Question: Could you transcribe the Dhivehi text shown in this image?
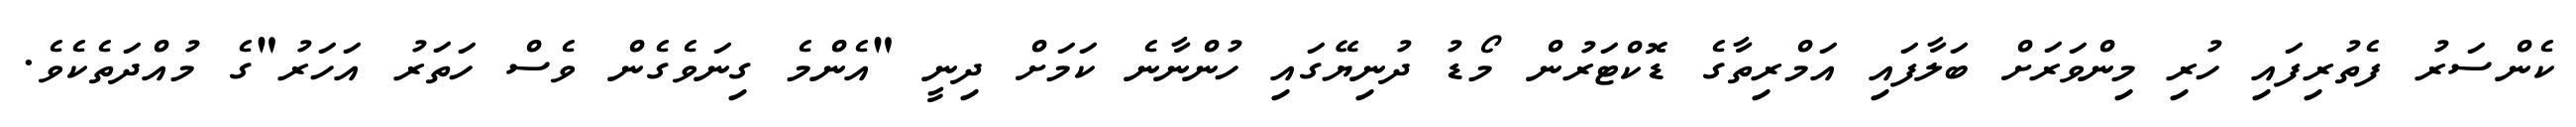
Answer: ކެންސަރު ފެތުރިފައި ހުރި މިންވަރަށް ބަލާފައި އަމްރިތާގެ ޑޮކްޓަރުން މޯޑު ދުނިޔޭގައި ހުންނާނެ ކަމަށް ދިނީ "އެންމެ ގިނަވެގެން ވެސް ހަތަރު އަހަރު"ގެ މުއްދަތެކެވެ.